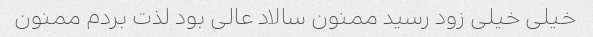
خیلی خیلی زود رسید ممنون سالاد عالی بود لذت بردم ممنون